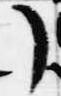
了